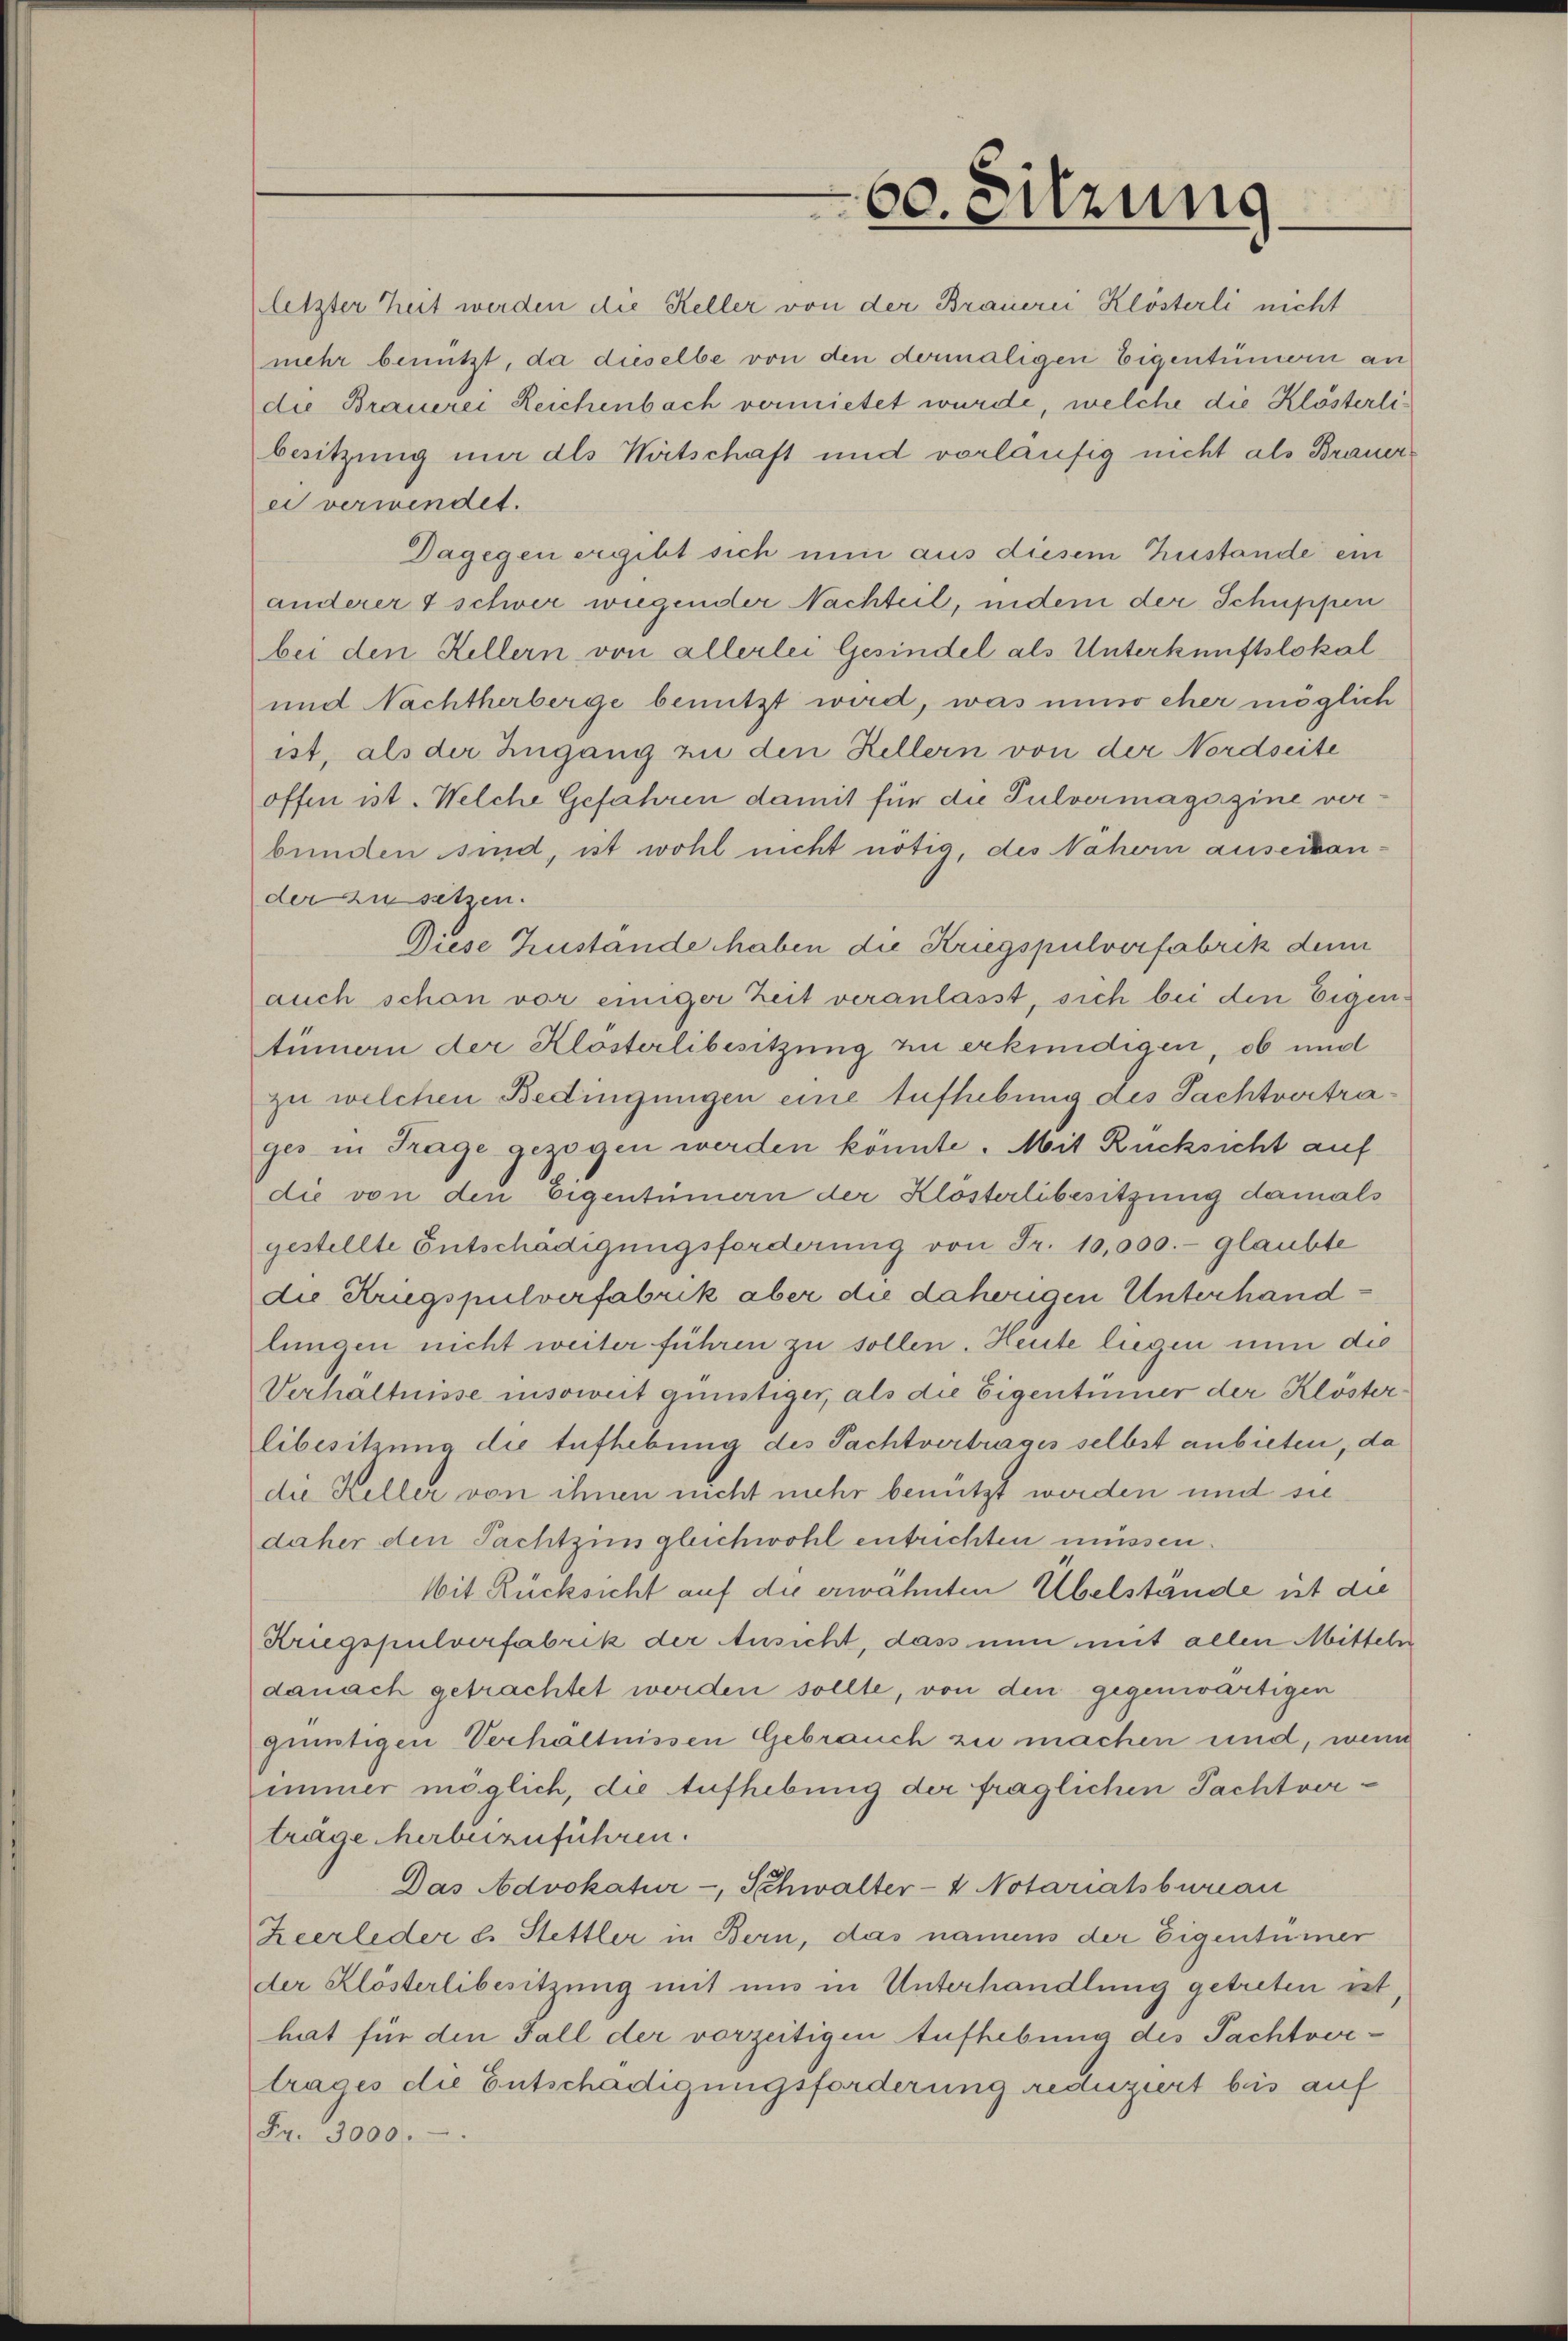
60. Sitzung

letzter Zeit werden die Keller von der Brauerei Klösterli nicht
mehr benützt, da dieselbe von den dermaligen Eigentümern an
die Brauerei Reichenbach vermietet wurde, welche die Klösterlibesitzung in des Wirtschaft und vorläufig nicht als Brauer
ei verwindet.
Dagegen ergibt sich nun aus diesem Zustande ein
anderer 1 schwer wiegender Nachteil, indem der Schuppen
bei den Hellern von allerlei Gesindel als Unterkunftslokal
und Nachtherberge benutzt wird, was umso eher möglich
ist, als der Zugang zu den Hellern von der Nordseite
offen ist. Welche Gefahren damit für die Pulvermagazine verbunden sind, ist wohl nicht nötig, des Nähern auserkander zu setzen.
Diese Zustände haben die Kriegspulverfabrik denn
auch schon vor einiger Zeit veranlasst, sich bei den Eigentümern der Klosterlibesitzung zu erkundigen, ob und
zu welchen Bedingungen eine Aufhebung des Sachtvertrages in Trage gezogen werden könnte. Mit Rücksicht auf
die von den Eigentümern der Klösterlibesitzung damals
gestellte Entschädigungsforderung von Fr. 10,000.- glaubte
die Kriegspulverfabrik aber die daherigen Unterhandlungen nicht weiter führen zu sollen. Heute liegen nun die
Verhältnisse insoweit günstiger, als die Eigentümer der Klösterlibesitzung die Aufhebung des Pachtvertrages selbst anbieten, da
die Keller von ihnen nicht mehr benützt werden und sie
daher den Pachtzins gleichwohl entrichten müssen.
Mit Rücksicht auf die erwähnten Übelstände ist die
Kriegspulverfabrik der Ansicht, dass nun mit allen Mittels
danach getrachtet werden sollte, von den gegenwärtigen
günstigen Verhältnissen Gebrauch zu machen und, wenn
immer möglich, die Aufhebung der fraglichen Pachtverträge herbeizuführen.
Das Advokatur-, Schwalter-V Notariatsbureau
Zeerleder u. Stettler in Bern, das namens der Eigentümer
der Klösterlibesitzung mit uns in Unterhandlung getreten ist,
hat für den Fall der vorzeitigen Aufhebung des Pachtvortrages die Entschädigungsforderung reduziert bis auf
Fr. 3000.